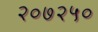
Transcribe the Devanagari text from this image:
२०७२५०